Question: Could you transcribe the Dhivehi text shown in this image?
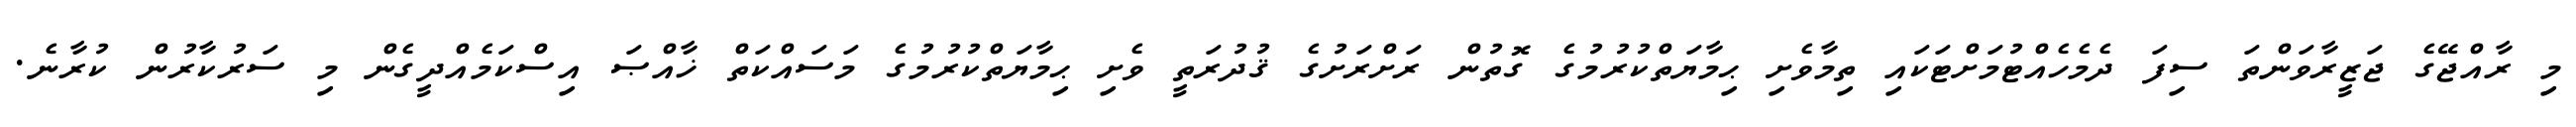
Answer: މި ރާއްޖޭގެ ޖަޒީރާވަންތަ ސިފަ ދެމެހެއްޓުމަށްޓަކައި ތިމާވެށި ޙިމާޔަތްކުރުމުގެ ގޮތުން ރަށްރަށުގެ ޤުދުރަތީ ވެށި ޙިމާޔަތްކުރުމުގެ މަސައްކަތް ޚާއްޞަ އިސްކަމެއްދީގެން މި ސަރުކާރުން ކުރާނެ.